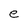
Character: e